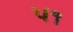
૫૧